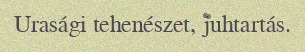
Urasági tehenészet, juhtartás.